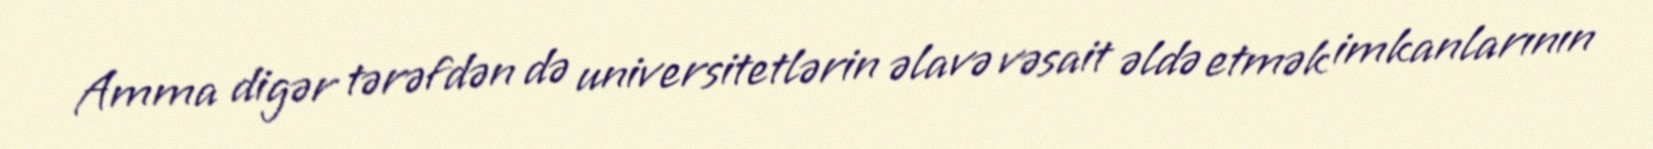
Amma digər tərəfdən də universitetlərin əlavə vəsait əldə etmək imkanlarının